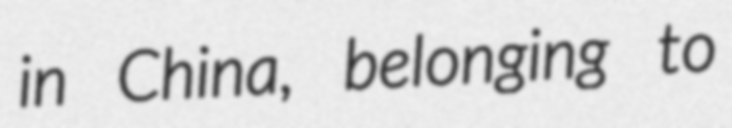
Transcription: in China, belonging to